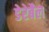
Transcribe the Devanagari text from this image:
डेरेबैल